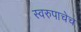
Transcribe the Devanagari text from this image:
स्वरुपाचेच